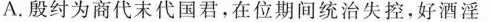
A.殷纣为商代末代国君，在位期间统治失控，好酒淫